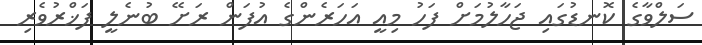
ސަލްވާގެ ކޮނޑުގައި ޖަހާލުމަށް ފަހު މިއީ އަހަރެންގެ އުފަން ރަށޭ ބުނެލީ ފަޚްރުވެރި